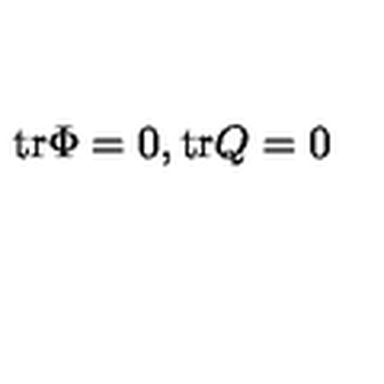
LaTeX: \mathrm { t r } \Phi = 0 , \mathrm { t r } Q = 0 \label n